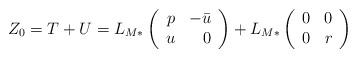
LaTeX: \begin{align*}Z_0=T+U=L_{M*}\left(\begin{array}{rr}p & -\bar{u} \\ u & 0 \end{array}\right)+L_{M*}\left(\begin{array}{rr}0 & 0 \\ 0 & r \end{array}\right) \end{align*}